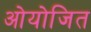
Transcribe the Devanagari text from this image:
ओयोजित